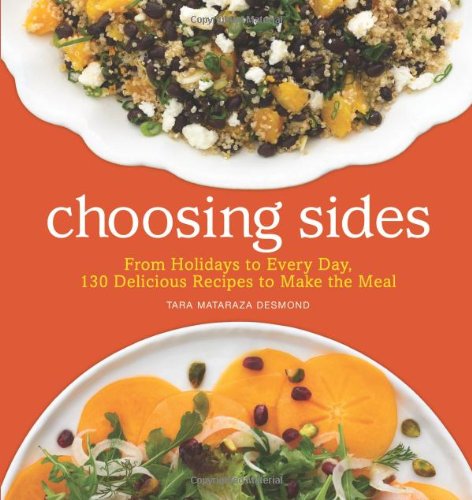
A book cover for Choosing Sides: From Holidays to Every Day, 130 Delicious Recipes to Make the Meal; Tara Mataraza Desmond; Cookbooks, Food & Wine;